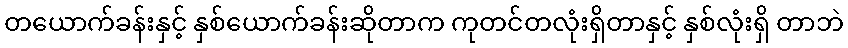
တယောက်ခန်းနှင့် နှစ်ယောက်ခန်းဆိုတာက ကုတင်တလုံးရှိတာနှင့် နှစ်လုံးရှိ တာဘဲ